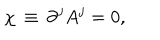
LaTeX: \chi \, \equiv \, \partial ^ { j } A ^ { j } = 0 ,